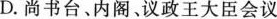
D.尚书台。内阁。议政王大臣会议